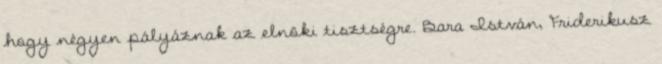
hogy négyen pályáznak az elnöki tisztségre. Bara István, Friderikusz